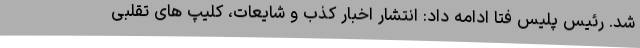
شد. رئیس پلیس فتا ادامه داد: انتشار اخبار کذب و شایعات، کلیپ های تقلبی